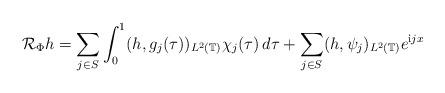
LaTeX: \begin{align*}\mathcal{R}_{\Phi} h=\sum_{j\in S}\int_0^1 (h, g_j(\tau))_{L^2(\mathbb{T})} \chi_j(\tau)\,d\tau+\sum_{j\in S} (h, \psi_j)_{L^2(\mathbb{T})} e^{\mathrm{i} j x}\end{align*}